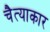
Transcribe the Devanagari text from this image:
चैत्याकार